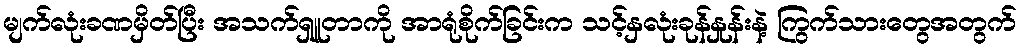
မျက်လုံးခဏမှိတ်ပြီး အသက်ရှူတာကို အာရုံစိုက်ခြင်းက သင့်နှလုံးခုန်နှုန်းနဲ့ ကြွက်သားတွေအတွက်